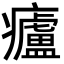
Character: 㿖